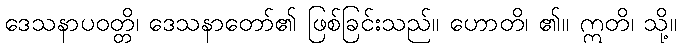
ဒေသနာပဝတ္တိ၊ ဒေသနာတော်၏ ဖြစ်ခြင်းသည်။ ဟောတိ၊ ၏။ ဣတိ၊ သို့။